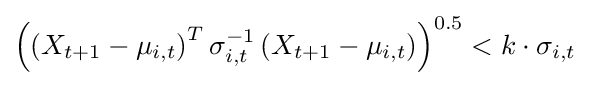
\left(\left(X_{t+1}-\mu _{i,t}\right)^{T}\sigma _{i,t}^{-1}\left(X_{t+1}-\mu _{i,t}\right)\right)^{0.5}<k\cdot \sigma _{i,t}